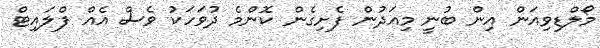
މޯލްޑިވިއަން އިން ބުނީ މިއަދުން ފެށިގެން ކޮންމެ ދުވަހަކު ވެސް އެއް ފްލައިޓް